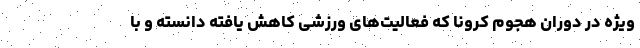
ویژه در دوران هجوم کرونا که فعالیت‌های ورزشی کاهش یافته دانسته و با